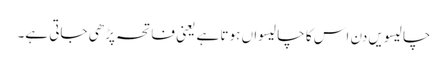
چالیسویں دن اس کا چالیسواں ہوتا ہے یعنی فاتحہ پڑھی جاتی ہے۔